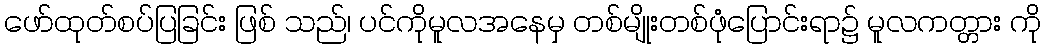
ဖော်ထုတ်စပ်ပြခြင်း ဖြစ် သည်၊ ပင်ကိုမူလအနေမှ တစ်မျိုးတစ်ဖုံပြောင်းရာ၌ မူလကတ္တား ကို